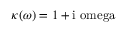
\kappa ( \omega ) = 1 + \mathrm { i \ o m e g a }